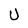
Character: U